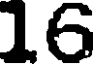
16